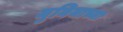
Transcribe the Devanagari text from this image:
मुनियाच्या